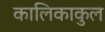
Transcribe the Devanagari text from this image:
कालिकाकुल